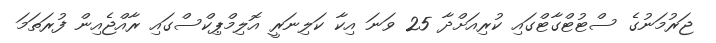
ޖަރުމަނުގެ ސްޓުޓްގާޓްގައި ކުރިއަށްދާ 25 ވަނަ އިކާ ކަލިނަރީ އޮލިމްޕިކްސްގައި ރާއްޖެއިން ފުރަތަމަ